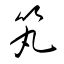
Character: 笂